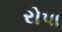
રોપા